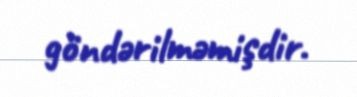
göndərilməmişdir.